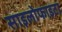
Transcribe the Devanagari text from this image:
साइलोफाइटा